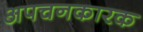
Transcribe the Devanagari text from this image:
अपचनकारक